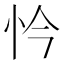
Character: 忴